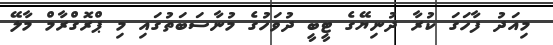
މިއަދު ފާހަގަ ކުރާ ދުނިޔޭގެ ޓީބީ ދުވަހުގެ މުނާސަބަތުގައި މި ޕްރޮގްރާމް މާލޭ